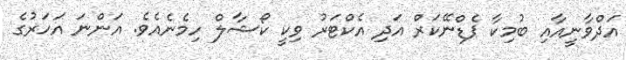
އަދްވާނީއާއި ބުމިކާ ޕެޑްނޭކަރް އަދި އެކްޓަރު ވިކީ ކޯޝާލް ހިމެނެއެވެ. އަންނަ އަހަރުގެ